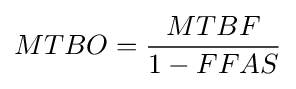
MTBO={\frac {MTBF}{1-FFAS}}